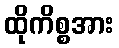
ထိုကိစ္စအား